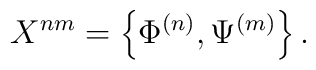
X^{nm}=\left\{ \Phi^{(n)}, \Psi^{(m)}\right\}.